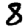
Digit: 8